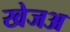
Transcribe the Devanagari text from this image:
खेजअ